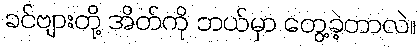
ခင်ဗျားတို့ အိတ်ကို ဘယ်မှာ တွေ့ခဲ့တာလဲ။